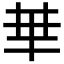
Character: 𠦒